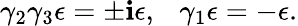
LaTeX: \gamma_{2}\gamma_{3}\epsilon=\pm\mathbf{i}\epsilon,\ \ \ \gamma_{1}\epsilon=-\epsilon.